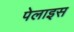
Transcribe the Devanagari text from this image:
पेलाइस